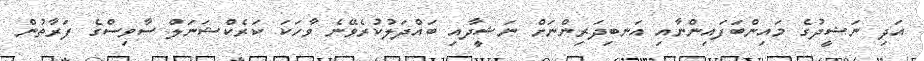
އަދި ނަޝީދުގެ މައިންބަފައިންނާއި އަނބިދަރިންނަށް ނަޝީދާއި ބައްދަލުކުރެވޭނެ ވާހަކަ ކަރެކްޝަނަލް ސާވިސްގެ ފަރާތުން